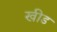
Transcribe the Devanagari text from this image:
खीड